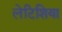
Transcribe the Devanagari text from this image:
लेटिशिया